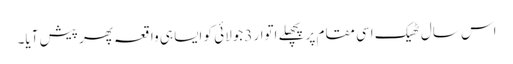
اس سال ٹھیک اسی مقام پر پچھلے اتوار 3جولائی کو ایسا ہی واقعہ پھر پیش آیا۔